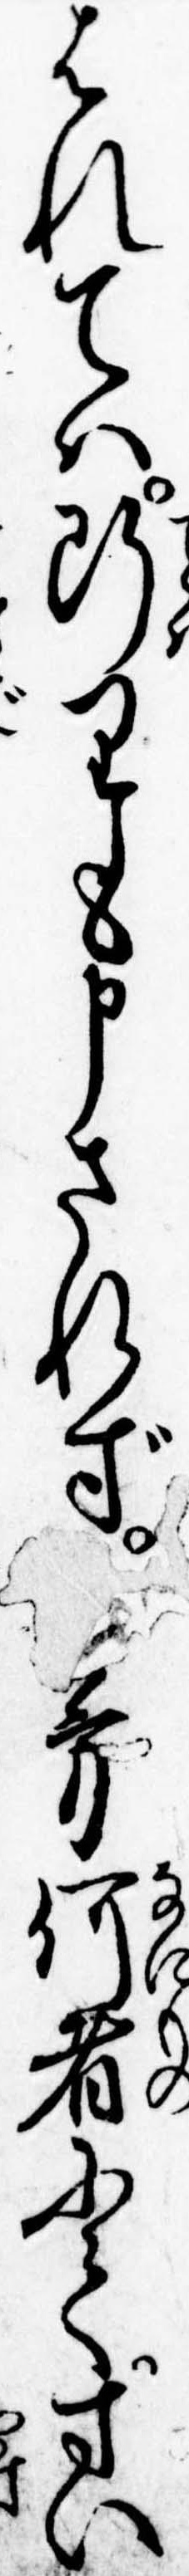
はれては断りも申されず方何者にてすい